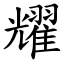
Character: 耀